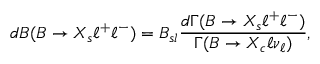
d { \cal B } ( B \to X _ { s } \ell ^ { + } \ell ^ { - } ) = { \cal B } _ { s l } \frac { d \Gamma ( B \to X _ { s } \ell ^ { + } \ell ^ { - } ) } { \Gamma ( B \to X _ { c } \ell \nu _ { \ell } ) } ,